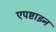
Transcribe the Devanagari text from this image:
एपष्टाइन